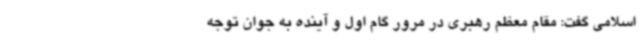
اسلامی گفت: مقام معظم رهبری در مرور گام اول و آینده به جوان توجه